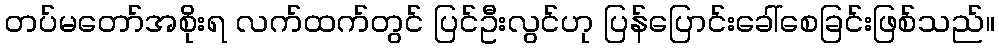
တပ်မတော်အစိုးရ လက်ထက်တွင် ပြင်ဦးလွင်ဟု ပြန်ပြောင်းခေါ်စေခြင်းဖြစ်သည်။